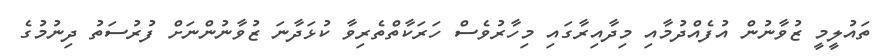
ތައުލީމީ ޒުވާނުން އުފެއްދުމާއި މިދާއިރާގައި މިހާރުވެސް ހަރަކާތްތެރިވާ ކުޅަދާނަ ޒުވާނުންނަށް ފުރުސަތު ދިނުމުގެ